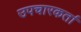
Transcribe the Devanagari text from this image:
उपचारकर्ता